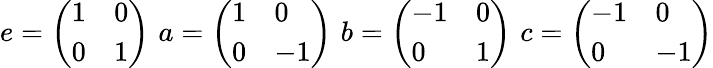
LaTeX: e={\left(\begin{array}{ll}{1}&{0}\\ {0}&{1}\end{array}\right)}\, \, a={\left(\begin{array}{ll}{1}&{0}\\ {0}&{-1}\end{array}\right)}\, \, b={\left(\begin{array}{ll}{-1}&{0}\\ {0}&{1}\end{array}\right)}\, \, c={\left(\begin{array}{ll}{-1}&{0}\\ {0}&{-1}\end{array}\right)}